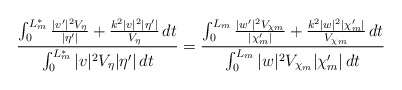
\begin{align*}\frac{\int_0^{L_m^*} \frac{|v'|^2 V_{\eta}}{| \eta'|}+\frac{k^2|v|^2 | \eta'|}{V_{\eta}} \,dt}{\int_0^{L_m^*} |v|^2 V_{\eta} | \eta'| \,dt}=\frac{\int_0^{L_m} \frac{|w'|^2 V_{\chi_m}}{| \chi_m'|}+\frac{k^2|w|^2 | \chi_m'|}{V_{\chi_m}} \,dt}{\int_0^{L_m} |w|^2 V_{\chi_m} | \chi_m'| \,dt}\end{align*}